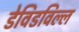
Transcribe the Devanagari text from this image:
डेविडविल्ल